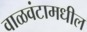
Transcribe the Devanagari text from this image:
वाळवंटामधील